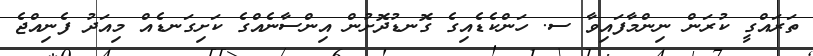
ތަރައްގީ ކުރަން ނިންމާފައިވާ ސ. ހަންކެޑެއިގެ ގޮނޑުދޮށުން އިންސާނެއްގެ ކަށިގަނޑެއް މިއަދު ފެނިއްޖެ